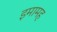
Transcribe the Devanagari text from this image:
इमामह